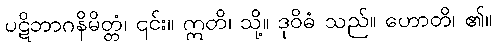
ပဋိဘာဂနိမိတ္တံ၊ ၎င်း။ ဣတိ၊ သို့။ ဒုဝိဓံ သည်။ ဟောတိ၊ ၏။